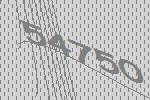
54750